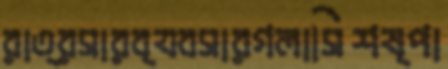
রাত্রসারব্যবসারগলাসিশষ্পা